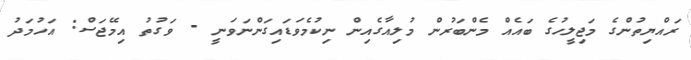
ރައްޔިތުންގެ މަޖިލީހުގެ ބައެއް މެންބަރުން މުލިއާގެއިން ނިކުމެވަޑައިގަންނަވަނީ - ވަގުތު އިމޭޖަސް: އަހުމަދު